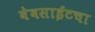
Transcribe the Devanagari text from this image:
वेबसाईटचा